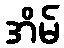
အိမ်